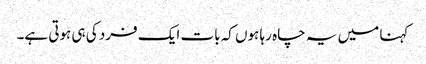
کہنا میں یہ چاہ رہا ہوں کہ بات ایک فرد کی ہی ہوتی ہے۔